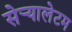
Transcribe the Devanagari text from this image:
सेर्‍यालेटम